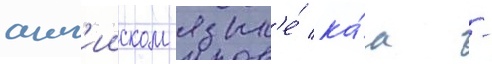
англ'ииском язык'е́ ка́к -